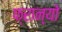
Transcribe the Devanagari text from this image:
फ्रान्यो